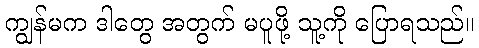
ကျွန်မက ဒါတွေ အတွက် မပူဖို့ သူ့ကို ပြောရသည်။